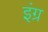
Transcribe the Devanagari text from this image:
इंग्र